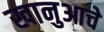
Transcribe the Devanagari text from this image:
खानुआचे